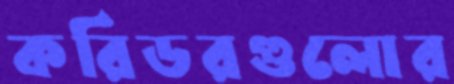
করিডরগুলোর